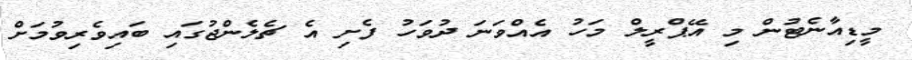
މީޑިއާނެޓުން މި އޭޕްރީލް މަހު އެއްވަނަ ދުވަހު ފެށި އެ ޗެލެންޖުގައި ބައިވެރިވުމަށް